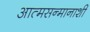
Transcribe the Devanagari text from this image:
आत्मसन्मानाशी